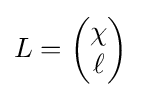
L={\begin{pmatrix}\chi \\\ell \end{pmatrix}}